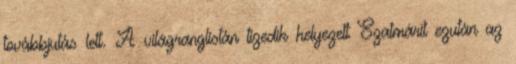
továbbjutás lett. A világranglistán tizedik helyezett Szatmárit ezután az